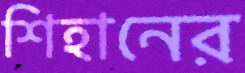
শিহানের